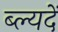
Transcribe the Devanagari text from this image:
ब्ल्यदें